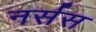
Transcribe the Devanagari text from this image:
नर्सस